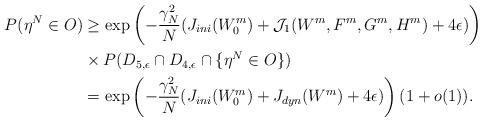
LaTeX: \begin{align*}P(\eta^N\in O)&\geq\exp\left(-\frac{\gamma_N^2}{N}(J_{ini}(W^m_0)+\mathcal{J}_1(W^m, F^m, G^m, H^m)+4\epsilon)\right)\\&\times P(D_{5,\epsilon}\cap D_{4,\epsilon}\cap\{\eta^N\in O\})\\&=\exp\left(-\frac{\gamma_N^2}{N}(J_{ini}(W^m_0)+J_{dyn}(W^m)+4\epsilon)\right)(1+o(1)).\end{align*}